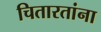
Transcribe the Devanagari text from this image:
चितारतांना